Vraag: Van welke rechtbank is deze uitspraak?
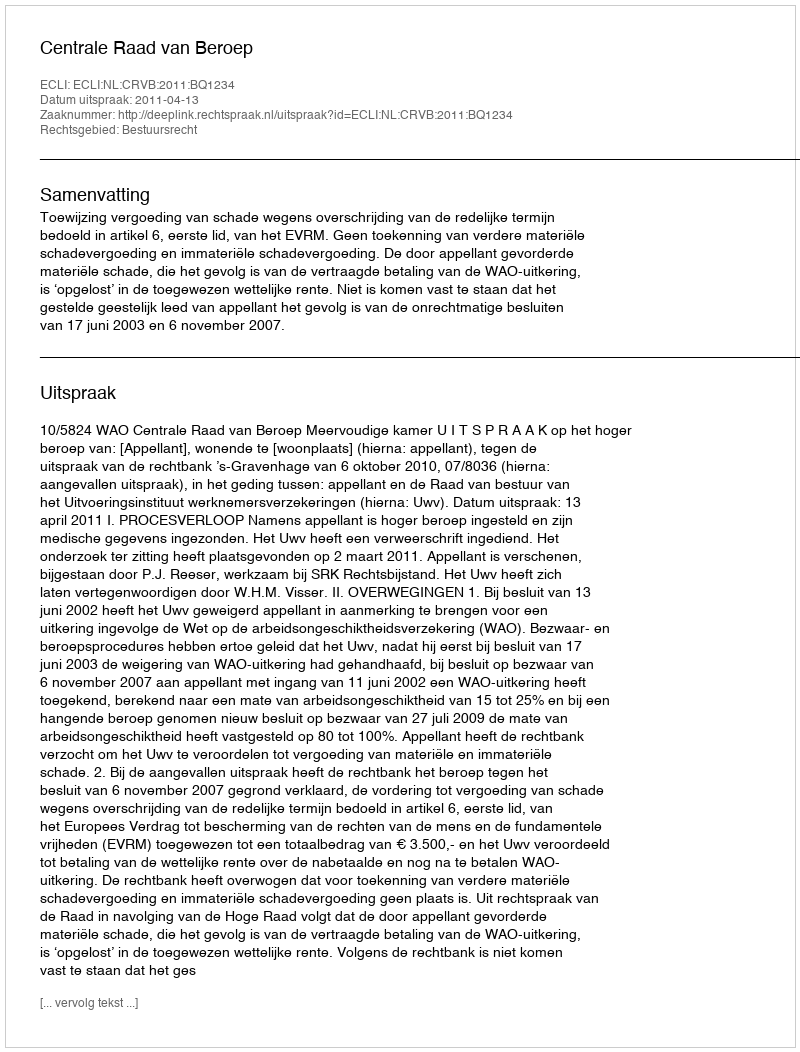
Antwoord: Centrale Raad van Beroep